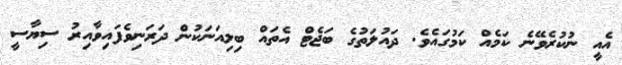
އެއީ ނުކުރެވޭނެ ކަމެއް ކަމުގައެވެ. ދައުލަތުގެ ބަޖެޓް އެތައް ބިލިއަނަކުން ދަރަނިވެފައިވާއިރު ސިޔާސީ